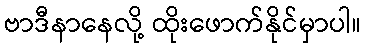
ဗာဒီနာနေလို့ ထိုးဖောက်နိုင်မှာပါ။